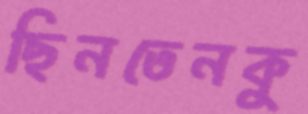
ছিনতেনকু